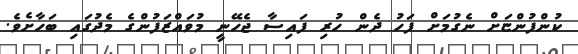
ކުންފުންޏަށް ނެގުމަށް ފަހު ދެން ހުރި ފައިސާ ޖެހޭނީ މުވައްޒަފުންގެ މެދުގައި ބަހާށެވެ.